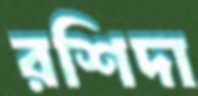
রশিদা